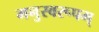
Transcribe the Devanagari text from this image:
मनुस्वरूपम्